Civil Veterinary Department Bihar reports 1936-40 - 1936-1940
Year: 1936
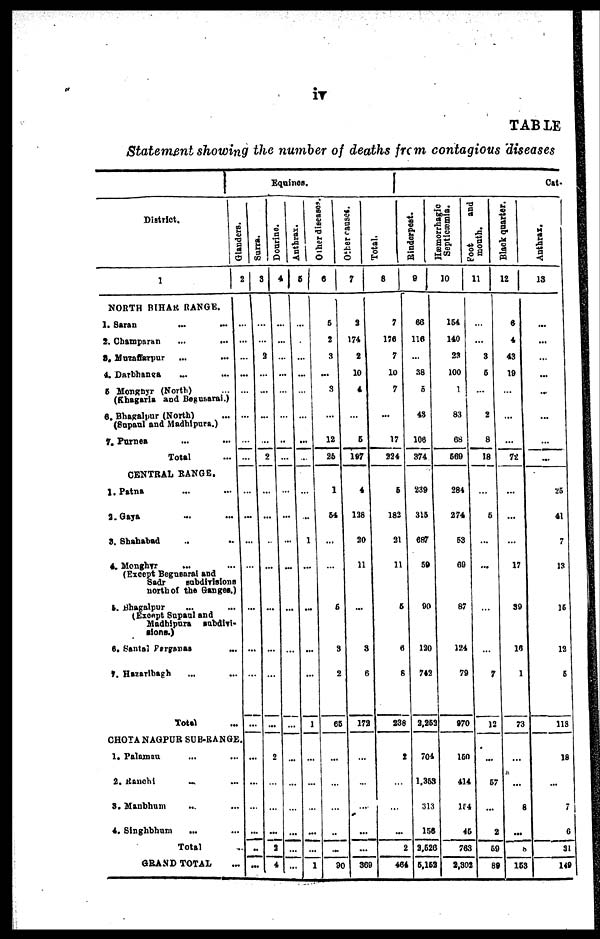
iv
TABLE
Statement showing the number of deaths from contagious diseases
District.
1
NORTH BIHAR RANGE.
1. Saran ... ...
2. Champaran
...
...
3. Muzafiarpur ... ...
4. Darbhansa ... ...
5. Monghyr (North) ...
(Khagaria and Begusarai.)
6. Bhagalpur (North) ...
(Supaul and Madhipura.)
7. Purnes ... ...
Total
CENTRAL RANGE.
1. Patna
...
...
2.Gaya ... ...
3. Shahabad .. ..
4. Monghvr ... ...
(Except Begusaral and
Sadr
subdivisions
north of the Ganges.)
5. Bhagalpur ... ...
(Except Supaul and
Madhipura subdivi-
sions.)
6. Santal Parganas ...
7. Hazarlbagh ... ...
Total ...
CHOTA NAGPUR SUB-RANGE.
1. Palamau ... ...
2. Ranchi ... ...
3. Manbhum ... ...
4. Singhbhumb ... ...
Total ...
GRAND TOTAL ...
Equines.
Glanders.
Surra.
2 3
... ...
... ...
... ...
... ...
... ...
... ...
... ...
... ...
... ...
...
...
...
...
...
...
...
...
...
...
...
...
Dourine.
4
...
...
3
...
...
...
...
2
...
...
...
...
...
...
...
2
...
...
...
2
4
Anthrax.
5
...
...
...
...
...
...
...
...
...
...
...
... ...
... ...
... ...
...
...
1
... ...
... ...
... ...
... ...
... ...
... 1
Other diseases.
6
5
2
3
...
3
...
12
26
1
64
...
...
5
3
2
65
...
...
...
...
...
90
Other causes.
7
2
174
2
10
4
...
6
197
4
138
30
11
...
3
6
172
...
...
...
...
...
369
Total.
8
7
176
7
10
7
...
17
224
6
182
31
11
5
6
8
238
2
...
...
...
2
454
Rinderpest.
9
66
116
...
38
6
43
106
374
239
316
687
59
90
120
742
2.253
704
1,353
131
156
3,526
6,152
Hæmorrhagic
Septicæmia.
10
154
140
23
100
1
83
68
660
384
274
63
69
87
124
79
970
150
414
154
45
763
2,302
month.
11
...
...
3
6
...
2
8
18
...
6
...
...
...
...
7
12
...
57
...
2
59
89
Black
quarter.
12
6
4
43
19
...
...
...
72
...
...
...
17
39
16
1
73
...
...
8
...
8
153
Cat-
Anthrax.
13
...
...
...
...
...
...
...
...
...
25
41
7
13
16
12
5
118
18
...
7
6
31
149